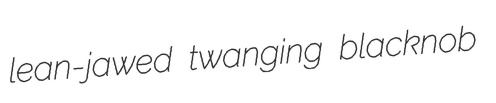
lean-jawed twanging blacknob